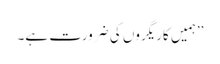
’’ہمیں کاریگروں کی ضرورت ہے۔